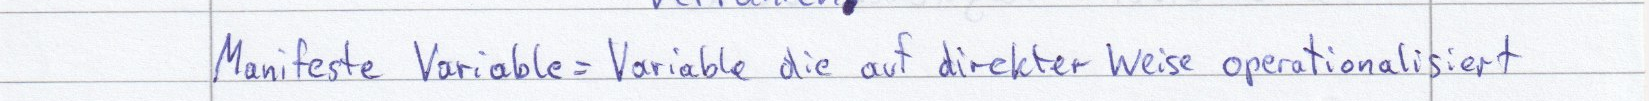
Manifeste Variable = Variable die auf direkter Weise operationalisiert